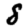
Digit: 8